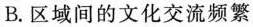
B.区域间的文化交流频繁